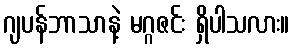
ဂျပန်ဘာသာနဲ့ မဂ္ဂဇင်း ရှိပါသလား။